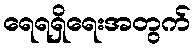
ရေရရှိရေးအတွက်